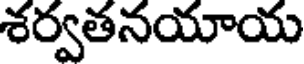
శర్వతనయాయ